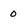
Character: 0